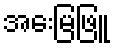
အေးမြဖြူ